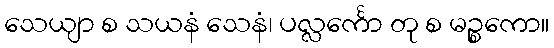
သေယျာ စ သယနံ သေနံ၊ ပလ္လင်္ကော တု စ မဉ္စကော။